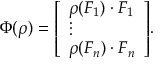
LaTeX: \Phi ( \rho ) = { \left[ \begin{array} { l } { \rho ( F _ { 1 } ) \cdot F _ { 1 } } \\ { \vdots } \\ { \rho ( F _ { n } ) \cdot F _ { n } } \end{array} \right] } .